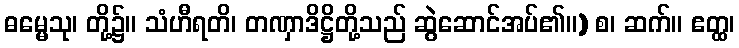
ဓမ္မေသု၊ တို့၌။ သံဟီရတိ၊ တဏှာဒိဋ္ဌိတို့သည် ဆွဲဆောင်အပ်၏။) စ၊ ဆက်။ ဧတ္ထ၊